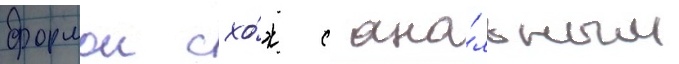
формои схо́ж с ана́льным